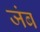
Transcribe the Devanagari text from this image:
जंब